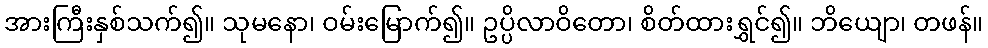
အားကြီးနှစ်သက်၍။ သုမနော၊ ဝမ်းမြောက်၍။ ဥပ္ပိလာဝိတော၊ စိတ်ထားရွှင်၍။ ဘိယျော၊ တဖန်။